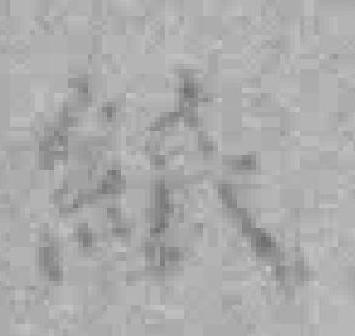
紙